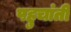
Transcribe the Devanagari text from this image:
पहुचांती